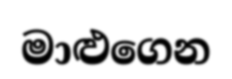
මාළුගෙන